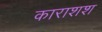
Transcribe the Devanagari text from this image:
काराशश